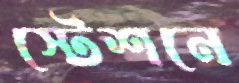
স্টেশনে